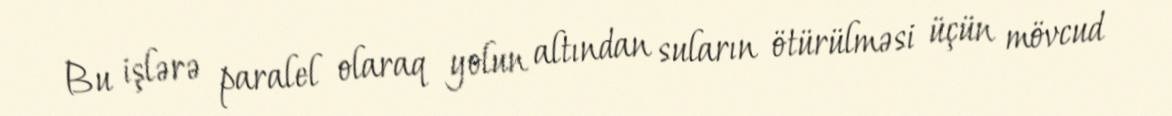
Bu işlərə paralel olaraq yolun altından suların ötürülməsi üçün mövcud